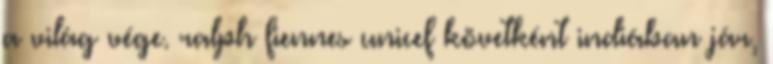
a világ vége. ralph fiennes unicef követként indiában jár,